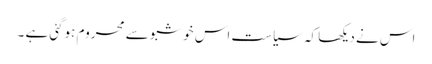
اس نے دیکھا کہ سیاست اس خوشبو سے محروم ہوگئی ہے ۔